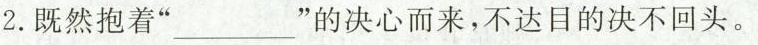
2.既然抱着”___”的决心而来，不达目的决不回头。